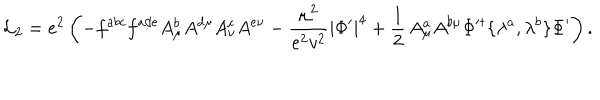
{ \cal L } _ { 2 } = e ^ { 2 } \left( - f ^ { a b c } f ^ { a d e } A _ { \mu } ^ { b } A ^ { d \mu } A _ { \nu } ^ { c } A ^ { e \nu } - \frac { \mu ^ { 2 } } { e ^ { 2 } v ^ { 2 } } \left| \Phi ^ { \prime } \right| ^ { 4 } + \frac { 1 } { 2 } \, A _ { \mu } ^ { a } A ^ { b \mu } \Phi ^ { \prime \dagger } \{ \lambda ^ { a } , \lambda ^ { b } \} \Phi ^ { \prime } \right) .